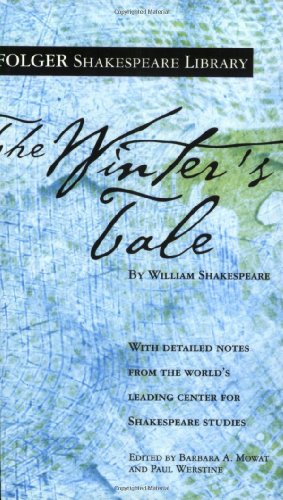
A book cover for The Winter's Tale (Folger Shakespeare Library); William Shakespeare; Literature & Fiction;